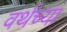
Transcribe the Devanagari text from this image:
वर्थच्या